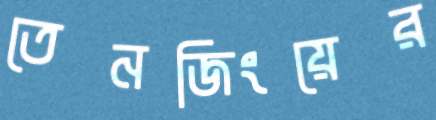
তেনজিংয়ের